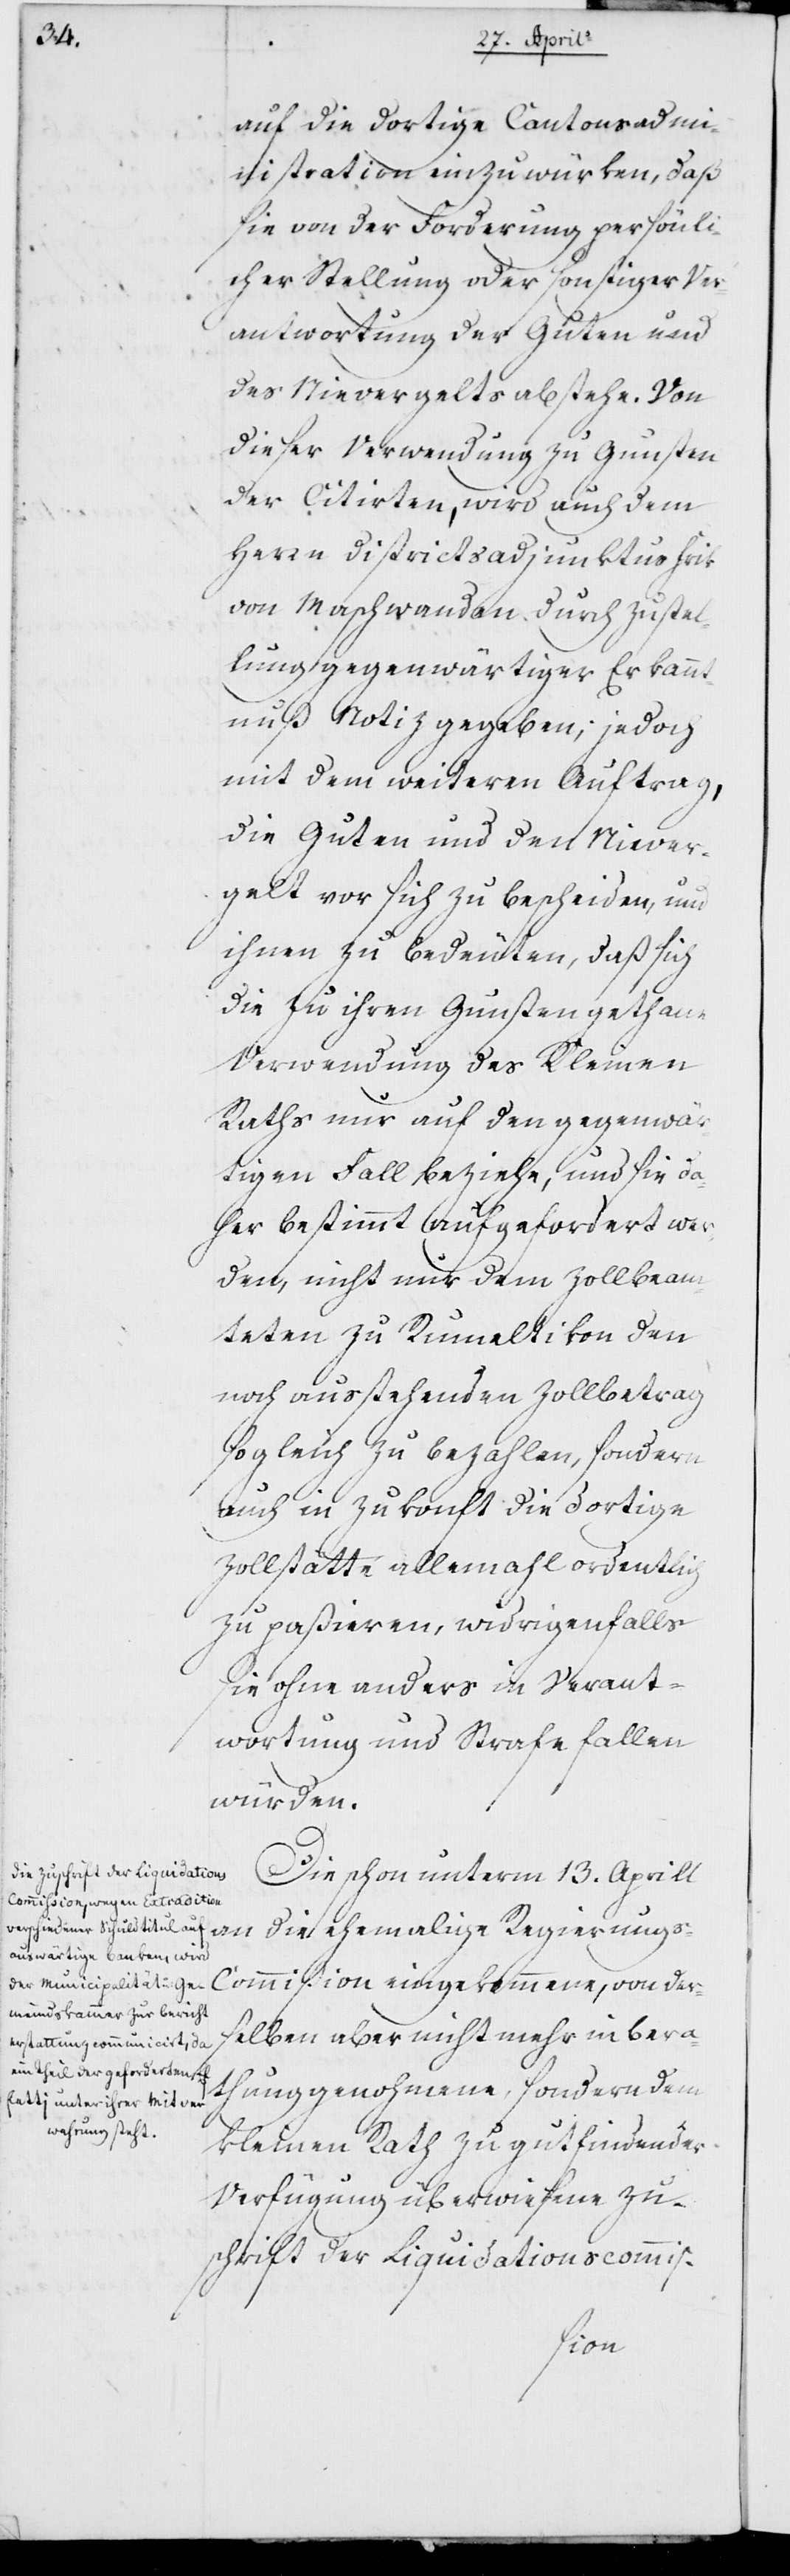
auf die dortige Kantonsadmi¬
nistration einzuwürken, daß
sie von der Forderung persönli¬
cher Stellung oder sonstiger Ver¬
antwortung der Guten und
des Nievergelts abstehe. Von
dieser Verwendung zu Gunsten
der Citierten, wird auch dem
Herrn Districtsadjunktus Frik
von Maschwanden durch Zustel¬
lung gegenwärtiger Erkann¬
tnuß Notiz gegeben; jedoch
mit dem weiteren Auftrag,
die Guten und den Niever¬
gelt vor sich zu bescheiden, um
ihnen zu bedeuten, daß sich
die zu ihren Gunsten gethane
Verwendung des Kleinen
Raths nur auf den gegenwär¬
tigen Fall beziehe, und sie da¬
her bestimmt aufgefordert wer¬
den, nicht nur dem Zollbeam¬
teten zu Rumeltikon den
noch ausstehenden Zollbetrag
sogleich zu bezahlen, sondern
auch in Zukunft die dortige
Zollstätte allemal ordentlich
zu paßieren, widrigenfalls
sie ohne anders in Verant¬
wortung und Strafe fallen
würden.
Die schon unterm 13. Aprill
die ehemalige Regierungs¬
commißion eingekommene, von der¬
selben aber nicht mehr in Bera¬
thung genohmene, sondern dem
Kleinen Rath zu gutfindender
Verfügung überwiesene Zu¬
schrift der Liquidationscommis-